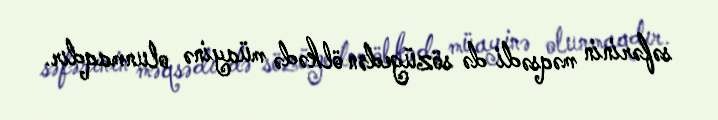
səfərinin məqsədi də sözügedən ölkədə müayinə olunmaqdır.